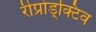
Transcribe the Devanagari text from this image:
रीप्रोड्क्टिव